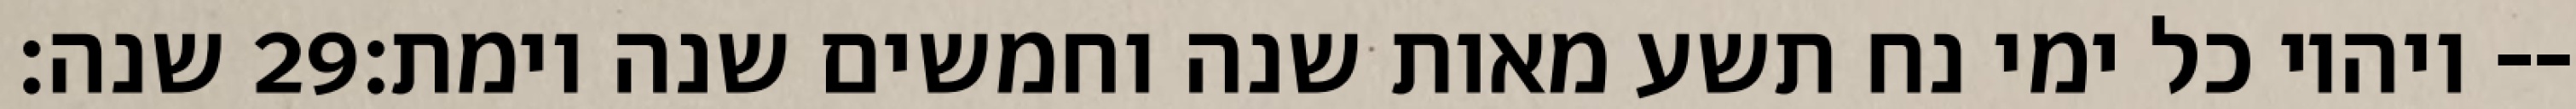
שנה׃ ‎29‏ ויהיו כל ימי נח תשע מאות שנה וחמשים שנה וימת׃--